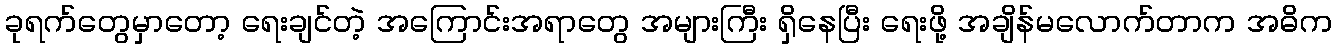
ခုရက်တွေမှာတော့ ရေးချင်တဲ့ အကြောင်းအရာတွေ အများကြီး ရှိနေပြီး ရေးဖို့ အချိန်မလောက်တာက အဓိက